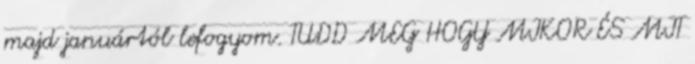
majd januártól lefogyom. TUDD MEG HOGY MIKOR ÉS MIT